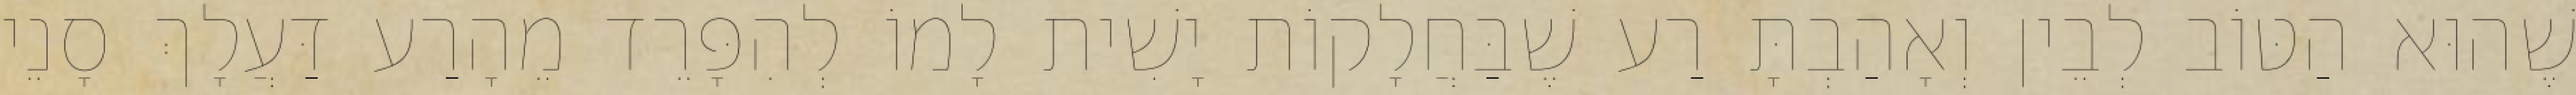
שֶׁהוּא הַטּוֹב לְבֵין וְאָהַבְתָּ רַע שֶׁבַּחֲלָקוֹת יָשִׁית לָמוֹ לְהִפָּרֵד מֵהָרַע דַּעֲלָךְ סָנֵי